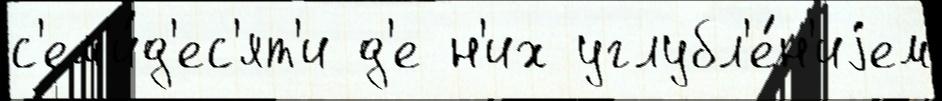
с'ем'и́д'ес'ят'и д'е н'их углубл'е́н'иjем